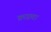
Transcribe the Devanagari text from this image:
क्राप्टचा